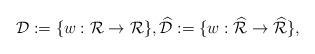
LaTeX: \begin{align*}& \mathcal{D}:=\{ w: \mathcal{R} \to \mathcal{R} \},\widehat{\mathcal{D}}:=\{ w: \widehat{\mathcal{R}} \to \widehat{\mathcal{R}}\},\end{align*}